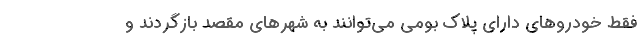
فقط خودروهای دارای پلاک بومی می‌توانند به شهرهای مقصد بازگردند و